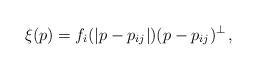
LaTeX: \begin{align*}\xi(p) = f_{i}(|p-p_{ij}|)(p-p_{ij})^{\perp}\,,\end{align*}